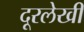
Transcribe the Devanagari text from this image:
दूरलेखी